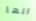
انها